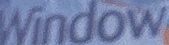
Window